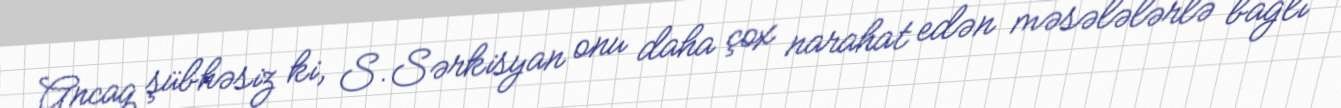
Ancaq şübhəsiz ki, S.Sərkisyan onu daha çox narahat edən məsələlərlə bağlı